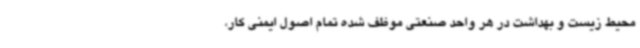
محیط زیست و بهداشت در هر واحد صنعتی موظف شده تمام اصول ایمنی کار،